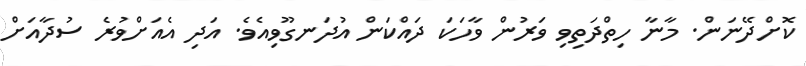
ކޮށްދޭނަން. މާނާ ހިތްދަތިވި ވަރުން ވާހަކަ ދައްކަން އުދަނގޫވިއެވެ. އަދި އެއަށްވުރެ ސުދާއަށް